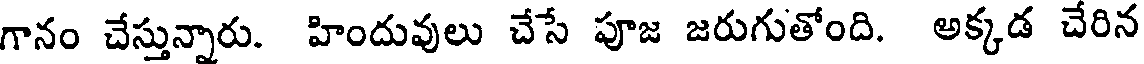
గానం చేస్తున్నారు. హిందువులు చేసే పూజ జరుగుతోంది. అక్కడ చేరిన